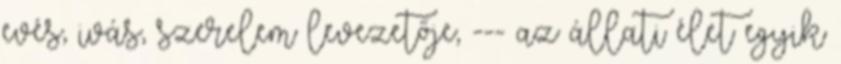
evés, ivás, szerelem levezetője, --- az állati élet egyik